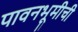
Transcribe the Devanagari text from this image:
पावनभूमीची